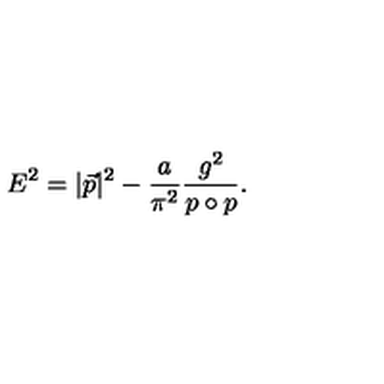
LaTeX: E ^ { 2 } = | \vec { p } | ^ { 2 } - \frac { a } { \pi ^ { 2 } } \frac { g ^ { 2 } } { p \circ p } .